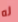
له